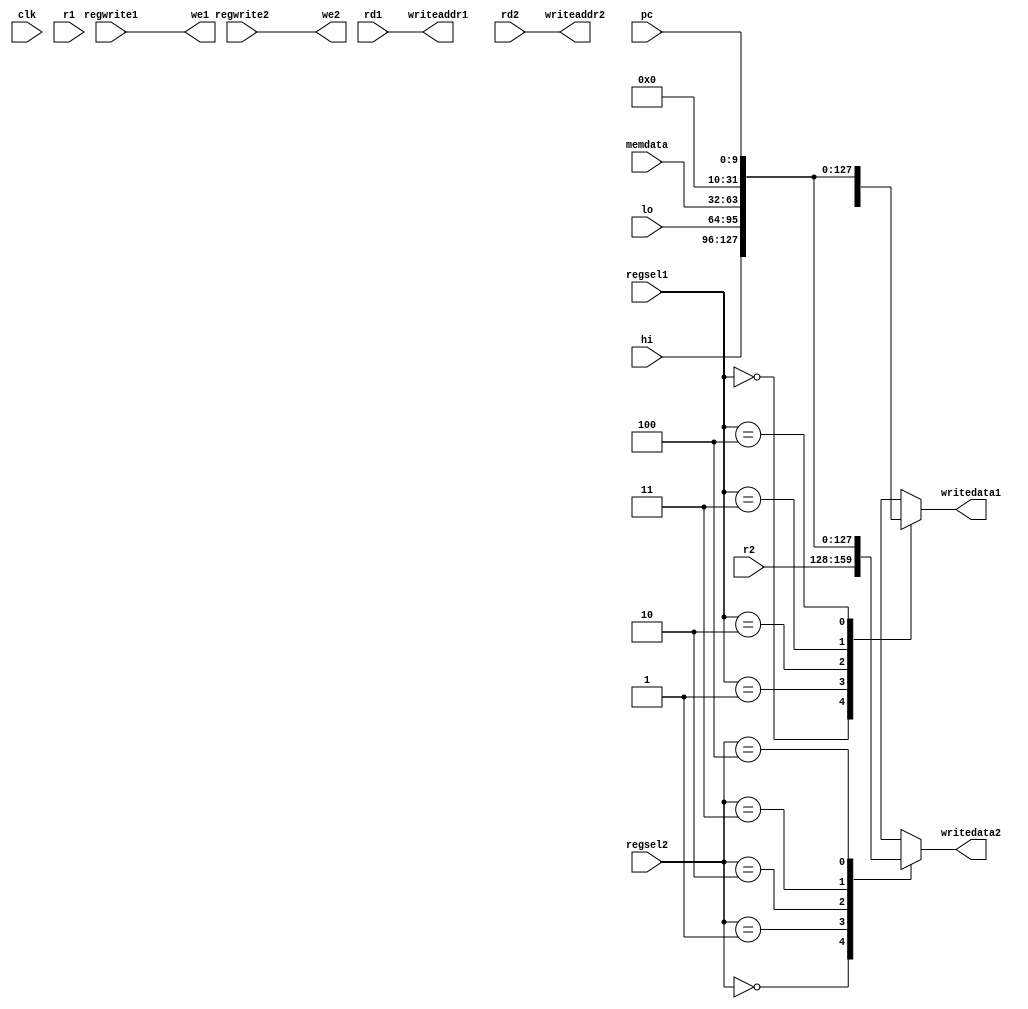
module write_back(input clk,
						input [31:0] hi, lo, r1, r2, memdata,
						input [9:0]  pc,
						input [4:0]  rd1, rd2,
						input [2:0]  regsel1, regsel2,
						input        regwrite1, regwrite2,
						output reg [31:0] writedata1, writedata2,
						output reg        we1, we2,
						output reg [4:0]  writeaddr1, writeaddr2);

	always @(*) begin
		writeaddr1 <= rd1;
		writeaddr2 <= rd2;
		we1 <= regwrite1;
		we2 <= regwrite2;
		
		case(regsel1)
			3'b000: writedata1 <= r1;
			3'b001: writedata1 <= hi;
			3'b010: writedata1 <= lo;
			3'b011: writedata1 <= memdata;
			3'b100: writedata1 <= pc;
			default: writedata1 <= 32'bX;
		endcase
		
		case(regsel2)
			3'b000: writedata2 <= r2;
			3'b001: writedata2 <= hi;
			3'b010: writedata2 <= lo;
			3'b011: writedata2 <= memdata;
			3'b100: writedata2 <= pc;
			default: writedata2 <= 32'bX;
		endcase
	end
						
endmodule